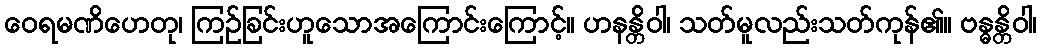
ဝေရမဏိဟေတု၊ ကြဉ်ခြင်းဟူသောအကြောင်းကြောင့်။ ဟနန္တိဝါ၊ သတ်မူလည်းသတ်ကုန်၏။ ဗန္ဓန္တိဝါ၊